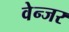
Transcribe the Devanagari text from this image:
वेन्जर